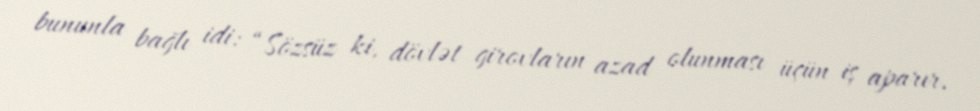
bununla bağlı idi: “Sözsüz ki, dövlət girovların azad olunması üçün iş aparır.